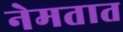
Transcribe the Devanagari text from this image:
नेमतात